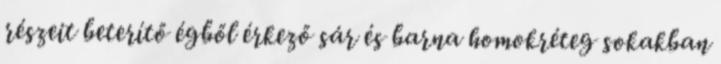
részeit beterítő égből érkező sár és barna homokréteg sokakban